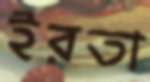
ইরতা